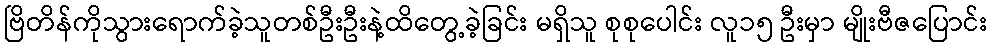
ဗြိတိန်ကိုသွားရောက်ခဲ့သူတစ်ဦးဦးနဲ့ထိတွေ့ခဲ့ခြင်း မရှိသူ စုစုပေါင်း လူ၁၅ ဦးမှာ မျိုးဗီဇပြောင်း